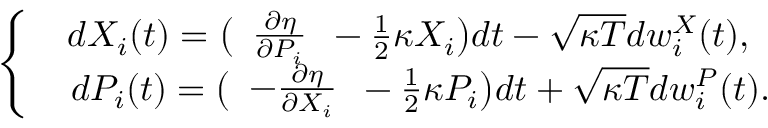
\begin{array} { r } { \left\{ \begin{array} { c } { d X _ { i } ( t ) = \big ( \begin{array} { c } { \frac { \partial \eta } { \partial P _ { i } } } \end{array} - \frac { 1 } { 2 } \kappa X _ { i } \big ) d t - \sqrt { \kappa T } d w _ { i } ^ { X } ( t ) , } \\ { \ \ d P _ { i } ( t ) = \big ( \begin{array} { c } { - \frac { \partial \eta } { \partial X _ { i } } } \end{array} - \frac { 1 } { 2 } \kappa P _ { i } \big ) d t + \sqrt { \kappa T } d w _ { i } ^ { P } ( t ) . } \end{array} \right. } \end{array}